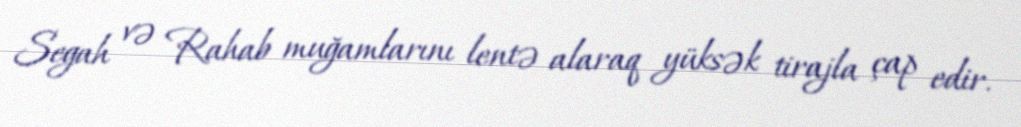
Segah və Rahab muğamlarını lentə alaraq yüksək tirajla çap edir.